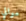
موالي